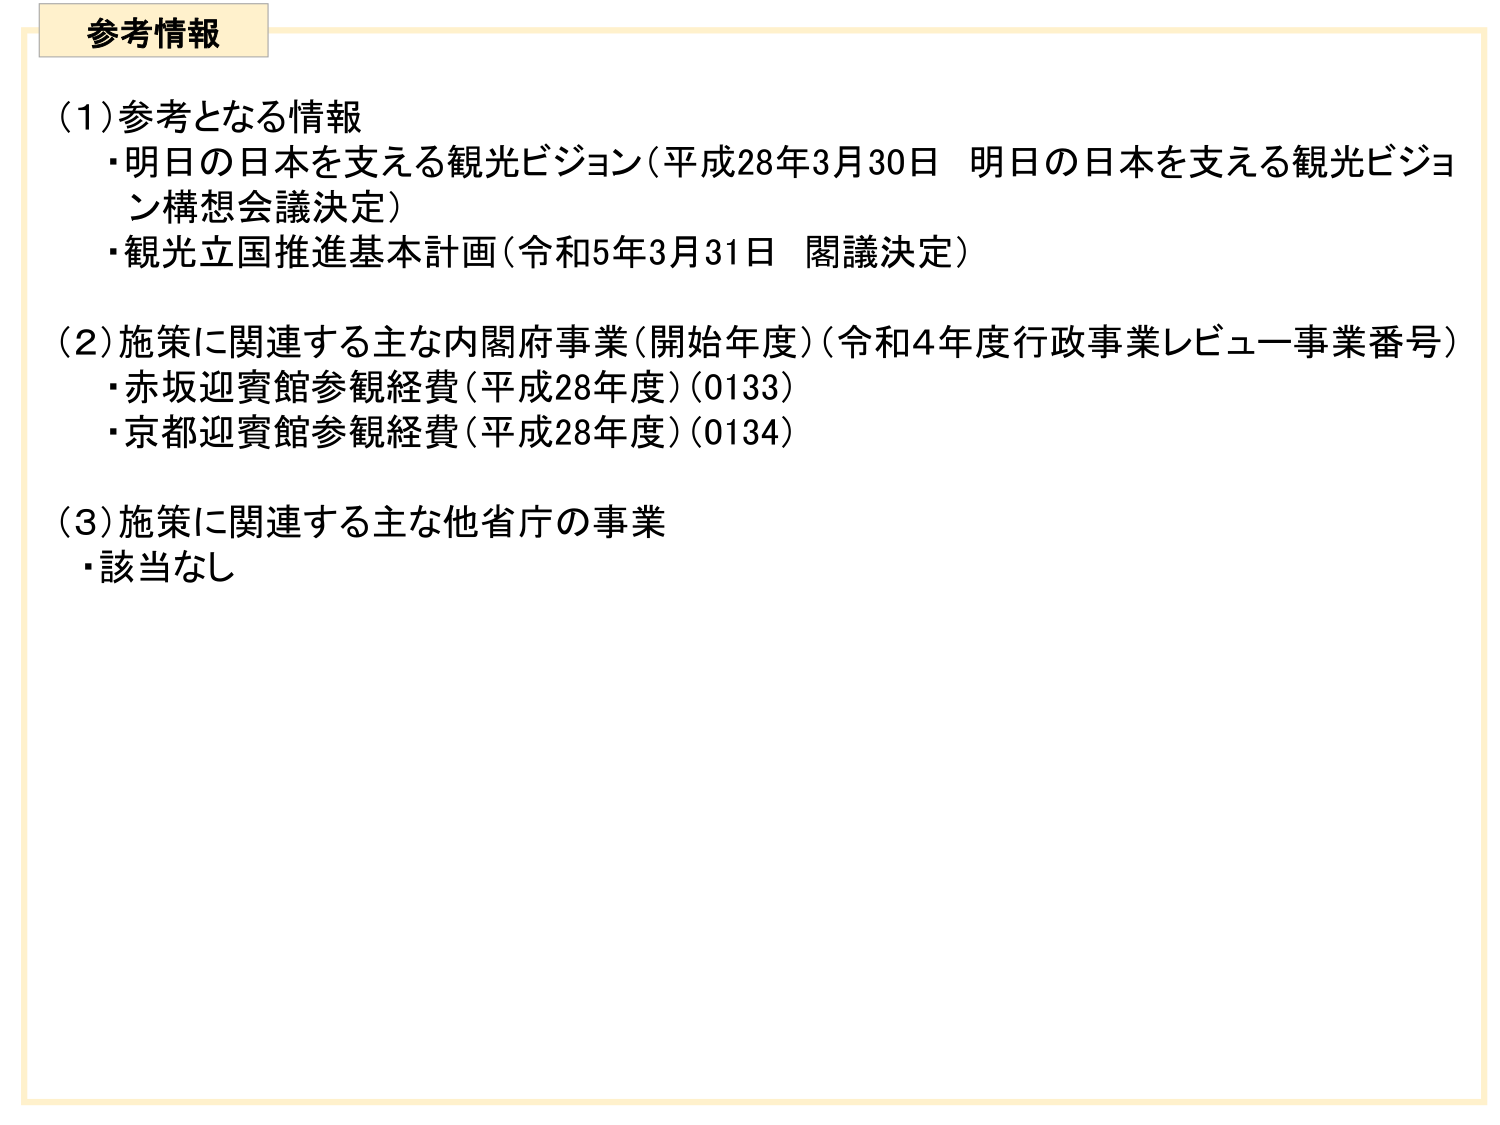
参考情報

(1) 参考となる情報
・明日の日本を支える観光ビジョン（平成28年3月30日 明日の日本を支える観光ビジョン構想会議決定）
・観光立国推進基本計画（令和5年3月31日 閣議決定）

(2) 施策に関連する主な内閣府事業（開始年度）（令和4年度行政事業レビュー事業番号）
・赤坂迎賓館参観経費（平成28年度）（0133）
・京都迎賓館参観経費（平成28年度）（0134）

(3) 施策に関連する主な他省庁の事業
・該当なし